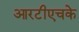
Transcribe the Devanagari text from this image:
आरटीएचके